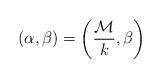
LaTeX: \begin{align*}(\alpha,\beta)=\left(\frac{\mathcal{M}}{k},\beta\right)\end{align*}